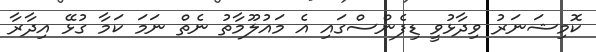
ކޮމިޝަނަރު ވިދާޅުވީ ޑިފެންސްގައި އެ މައުލޫމާތު ނެތް ނަމަ ކަމާ ގުޅޭ އިދާރާ